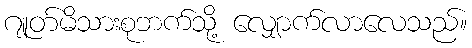
ဂျုတ်မိသားစုဘက်သို့ လျှောက်လာလေသည်။